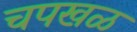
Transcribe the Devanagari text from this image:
चपखळ